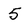
Character: 5